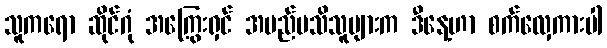
သူကရော ဆိုင်ဂုံ အကြွေးရှင် အမည်မသိသူများက ဒီနေ့ဟာ စက်လှေကားပါ